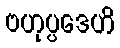
ဗဟုပ္ပဒေဟိ